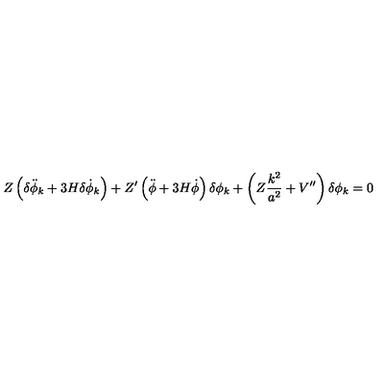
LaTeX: Z \left( \delta \ddot { \phi } _ { k } + 3 H \delta \dot { \phi } _ { k } \right) + Z ^ { \prime } \left( \ddot { \phi } + 3 H \dot { \phi } \right) \delta \phi _ { k } + \left( Z \frac { k ^ { 2 } } { a ^ { 2 } } + V ^ { \prime \prime } \right) \delta \phi _ { k } = 0